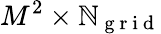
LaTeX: M^{2}\times\mathbb{N}_{{\mathrm{{~g~r~i~d~}}}}